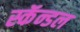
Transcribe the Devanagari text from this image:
स्कॅन्डल